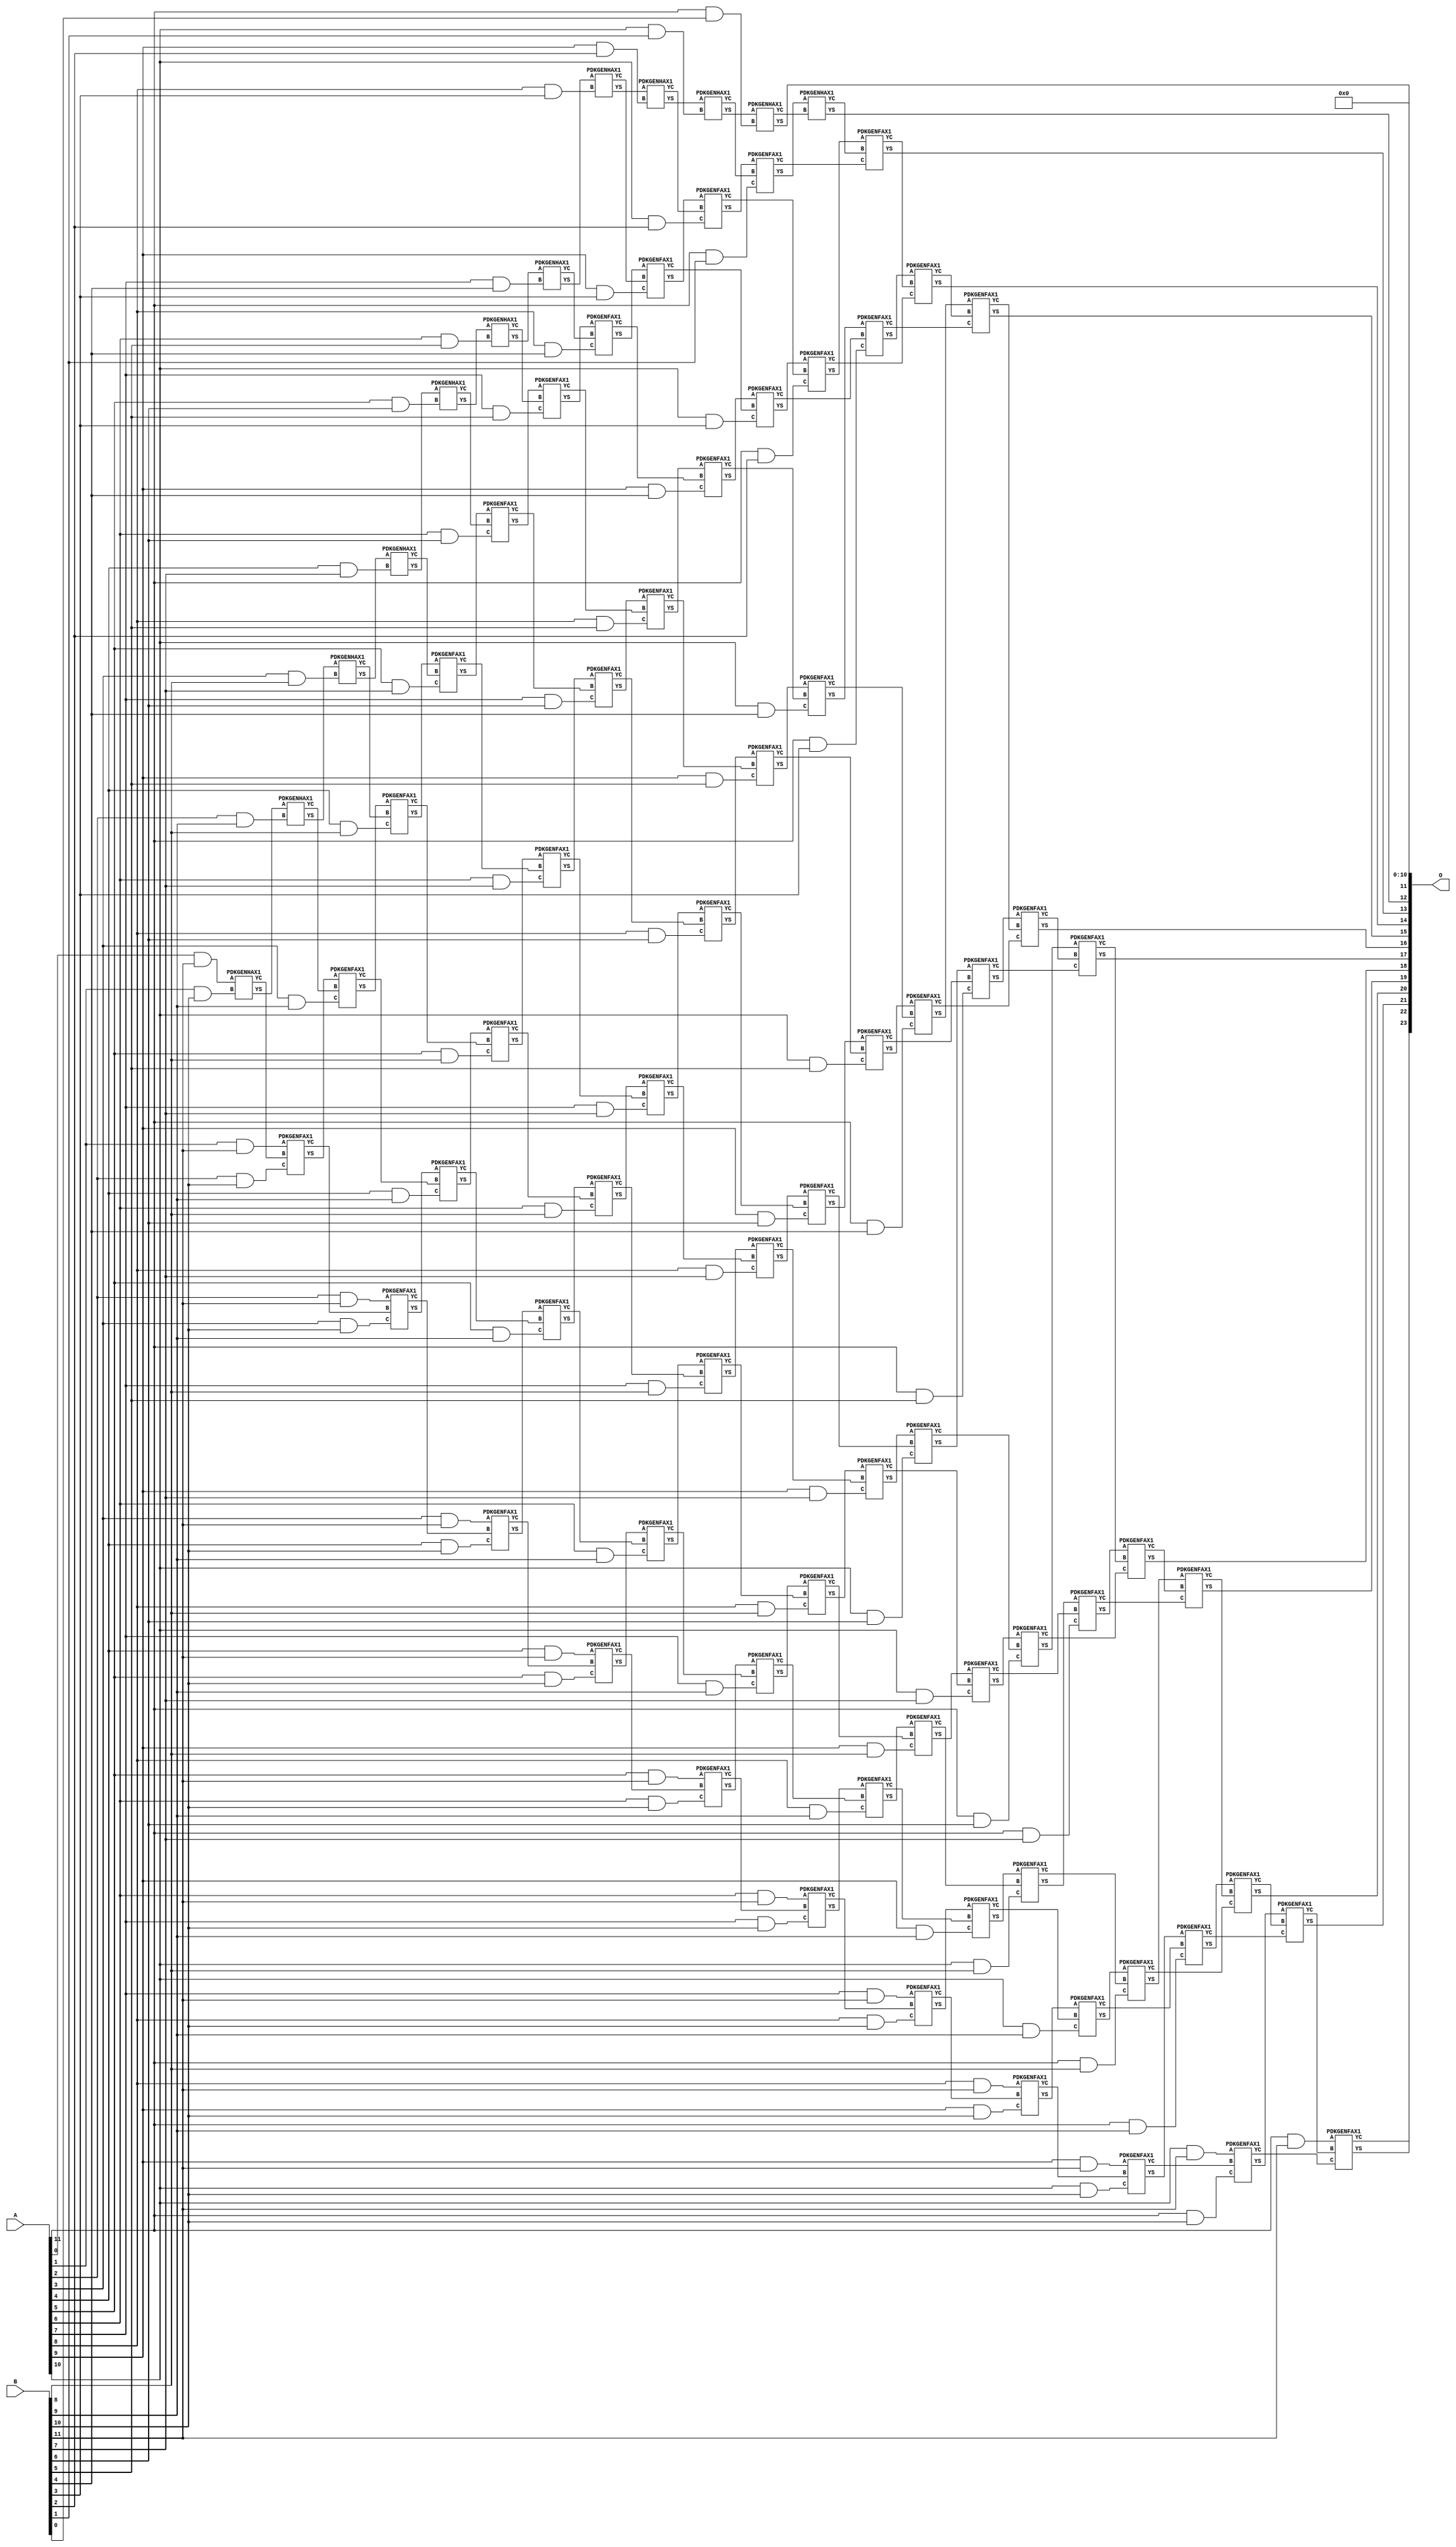
/***
* This code is a part of EvoApproxLib library (ehw.fit.vutbr.cz/approxlib) distributed under The MIT License.
* When used, please cite the following article(s): V. Mrazek, Z. Vasicek, L. Sekanina, H. Jiang and J. Han, "Scalable Construction of Approximate Multipliers With Formally Guaranteed Worst Case Error" in IEEE Transactions on Very Large Scale Integration (VLSI) Systems, vol. 26, no. 11, pp. 2572-2576, Nov. 2018. doi: 10.1109/TVLSI.2018.2856362 
* This file contains a circuit from a sub-set of pareto optimal circuits with respect to the pwr and mre parameters
***/
// MAE% = 0.031 %
// MAE = 5120 
// WCE% = 0.12 %
// WCE = 20481 
// WCRE% = 100.00 %
// EP% = 99.68 %
// MRE% = 0.87 %
// MSE = 32042.894e3 
// PDK45_PWR = 0.670 mW
// PDK45_AREA = 993.5 um2
// PDK45_DELAY = 2.31 ns


module mul12u_2CN ( A, B, O );
  input [11:0] A;
  input [11:0] B;
  output [23:0] O;

  wire C_10_1,C_10_10,C_10_2,C_10_3,C_10_4,C_10_5,C_10_6,C_10_7,C_10_8,C_10_9,C_11_0,C_11_1,C_11_10,C_11_2,C_11_3,C_11_4,C_11_5,C_11_6,C_11_7,C_11_8,C_11_9,C_12_0,C_12_1,C_12_10,C_12_2,C_12_3,C_12_4,C_12_5,C_12_6,C_12_7,C_12_8,C_12_9,C_1_10,C_2_10,C_2_9,C_3_10,C_3_8,C_3_9,C_4_10,C_4_7,C_4_8,C_4_9,C_5_10,C_5_6,C_5_7,C_5_8,C_5_9,C_6_10,C_6_5,C_6_6,C_6_7,C_6_8,C_6_9,C_7_10,C_7_4,C_7_5,C_7_6,C_7_7,C_7_8,C_7_9,C_8_10,C_8_3,C_8_4,C_8_5,C_8_6,C_8_7,C_8_8,C_8_9,C_9_10,C_9_2,C_9_3,C_9_4,C_9_5,C_9_6,C_9_7,C_9_8,C_9_9,S_0_11,S_10_1,S_10_10,S_10_11,S_10_2,S_10_3,S_10_4,S_10_5,S_10_6,S_10_7,S_10_8,S_10_9,S_11_0,S_11_1,S_11_10,S_11_11,S_11_2,S_11_3,S_11_4,S_11_5,S_11_6,S_11_7,S_11_8,S_11_9,S_12_0,S_12_1,S_12_10,S_12_11,S_12_2,S_12_3,S_12_4,S_12_5,S_12_6,S_12_7,S_12_8,S_12_9,S_1_10,S_1_11,S_2_10,S_2_11,S_2_9,S_3_10,S_3_11,S_3_8,S_3_9,S_4_10,S_4_11,S_4_7,S_4_8,S_4_9,S_5_10,S_5_11,S_5_6,S_5_7,S_5_8,S_5_9,S_6_10,S_6_11,S_6_5,S_6_6,S_6_7,S_6_8,S_6_9,S_7_10,S_7_11,S_7_4,S_7_5,S_7_6,S_7_7,S_7_8,S_7_9,S_8_10,S_8_11,S_8_3,S_8_4,S_8_5,S_8_6,S_8_7,S_8_8,S_8_9,S_9_10,S_9_11,S_9_2,S_9_3,S_9_4,S_9_5,S_9_6,S_9_7,S_9_8,S_9_9;

  assign S_0_11 = (A[0] & B[11]);
  PDKGENHAX1 U15551 (.A(S_0_11), .B((A[1] & B[10])), .YS(S_1_10), .YC(C_1_10));
  assign S_1_11 = (A[1] & B[11]);
  PDKGENHAX1 U15562 (.A(S_1_10), .B((A[2] & B[9])), .YS(S_2_9), .YC(C_2_9));
  PDKGENFAX1 U15563 (.A(S_1_11), .B(C_1_10), .C((A[2] & B[10])), .YS(S_2_10), .YC(C_2_10));
  assign S_2_11 = (A[2] & B[11]);
  PDKGENHAX1 U15573 (.A(S_2_9), .B((A[3] & B[8])), .YS(S_3_8), .YC(C_3_8));
  PDKGENFAX1 U15574 (.A(S_2_10), .B(C_2_9), .C((A[3] & B[9])), .YS(S_3_9), .YC(C_3_9));
  PDKGENFAX1 U15575 (.A(S_2_11), .B(C_2_10), .C((A[3] & B[10])), .YS(S_3_10), .YC(C_3_10));
  assign S_3_11 = (A[3] & B[11]);
  PDKGENHAX1 U15584 (.A(S_3_8), .B((A[4] & B[7])), .YS(S_4_7), .YC(C_4_7));
  PDKGENFAX1 U15585 (.A(S_3_9), .B(C_3_8), .C((A[4] & B[8])), .YS(S_4_8), .YC(C_4_8));
  PDKGENFAX1 U15586 (.A(S_3_10), .B(C_3_9), .C((A[4] & B[9])), .YS(S_4_9), .YC(C_4_9));
  PDKGENFAX1 U15587 (.A(S_3_11), .B(C_3_10), .C((A[4] & B[10])), .YS(S_4_10), .YC(C_4_10));
  assign S_4_11 = (A[4] & B[11]);
  PDKGENHAX1 U15595 (.A(S_4_7), .B((A[5] & B[6])), .YS(S_5_6), .YC(C_5_6));
  PDKGENFAX1 U15596 (.A(S_4_8), .B(C_4_7), .C((A[5] & B[7])), .YS(S_5_7), .YC(C_5_7));
  PDKGENFAX1 U15597 (.A(S_4_9), .B(C_4_8), .C((A[5] & B[8])), .YS(S_5_8), .YC(C_5_8));
  PDKGENFAX1 U15598 (.A(S_4_10), .B(C_4_9), .C((A[5] & B[9])), .YS(S_5_9), .YC(C_5_9));
  PDKGENFAX1 U15599 (.A(S_4_11), .B(C_4_10), .C((A[5] & B[10])), .YS(S_5_10), .YC(C_5_10));
  assign S_5_11 = (A[5] & B[11]);
  PDKGENHAX1 U15606 (.A(S_5_6), .B((A[6] & B[5])), .YS(S_6_5), .YC(C_6_5));
  PDKGENFAX1 U15607 (.A(S_5_7), .B(C_5_6), .C((A[6] & B[6])), .YS(S_6_6), .YC(C_6_6));
  PDKGENFAX1 U15608 (.A(S_5_8), .B(C_5_7), .C((A[6] & B[7])), .YS(S_6_7), .YC(C_6_7));
  PDKGENFAX1 U15609 (.A(S_5_9), .B(C_5_8), .C((A[6] & B[8])), .YS(S_6_8), .YC(C_6_8));
  PDKGENFAX1 U15610 (.A(S_5_10), .B(C_5_9), .C((A[6] & B[9])), .YS(S_6_9), .YC(C_6_9));
  PDKGENFAX1 U15611 (.A(S_5_11), .B(C_5_10), .C((A[6] & B[10])), .YS(S_6_10), .YC(C_6_10));
  assign S_6_11 = (A[6] & B[11]);
  PDKGENHAX1 U15617 (.A(S_6_5), .B((A[7] & B[4])), .YS(S_7_4), .YC(C_7_4));
  PDKGENFAX1 U15618 (.A(S_6_6), .B(C_6_5), .C((A[7] & B[5])), .YS(S_7_5), .YC(C_7_5));
  PDKGENFAX1 U15619 (.A(S_6_7), .B(C_6_6), .C((A[7] & B[6])), .YS(S_7_6), .YC(C_7_6));
  PDKGENFAX1 U15620 (.A(S_6_8), .B(C_6_7), .C((A[7] & B[7])), .YS(S_7_7), .YC(C_7_7));
  PDKGENFAX1 U15621 (.A(S_6_9), .B(C_6_8), .C((A[7] & B[8])), .YS(S_7_8), .YC(C_7_8));
  PDKGENFAX1 U15622 (.A(S_6_10), .B(C_6_9), .C((A[7] & B[9])), .YS(S_7_9), .YC(C_7_9));
  PDKGENFAX1 U15623 (.A(S_6_11), .B(C_6_10), .C((A[7] & B[10])), .YS(S_7_10), .YC(C_7_10));
  assign S_7_11 = (A[7] & B[11]);
  PDKGENHAX1 U15628 (.A(S_7_4), .B((A[8] & B[3])), .YS(S_8_3), .YC(C_8_3));
  PDKGENFAX1 U15629 (.A(S_7_5), .B(C_7_4), .C((A[8] & B[4])), .YS(S_8_4), .YC(C_8_4));
  PDKGENFAX1 U15630 (.A(S_7_6), .B(C_7_5), .C((A[8] & B[5])), .YS(S_8_5), .YC(C_8_5));
  PDKGENFAX1 U15631 (.A(S_7_7), .B(C_7_6), .C((A[8] & B[6])), .YS(S_8_6), .YC(C_8_6));
  PDKGENFAX1 U15632 (.A(S_7_8), .B(C_7_7), .C((A[8] & B[7])), .YS(S_8_7), .YC(C_8_7));
  PDKGENFAX1 U15633 (.A(S_7_9), .B(C_7_8), .C((A[8] & B[8])), .YS(S_8_8), .YC(C_8_8));
  PDKGENFAX1 U15634 (.A(S_7_10), .B(C_7_9), .C((A[8] & B[9])), .YS(S_8_9), .YC(C_8_9));
  PDKGENFAX1 U15635 (.A(S_7_11), .B(C_7_10), .C((A[8] & B[10])), .YS(S_8_10), .YC(C_8_10));
  assign S_8_11 = (A[8] & B[11]);
  PDKGENHAX1 U15639 (.A(S_8_3), .B((A[9] & B[2])), .YS(S_9_2), .YC(C_9_2));
  PDKGENFAX1 U15640 (.A(S_8_4), .B(C_8_3), .C((A[9] & B[3])), .YS(S_9_3), .YC(C_9_3));
  PDKGENFAX1 U15641 (.A(S_8_5), .B(C_8_4), .C((A[9] & B[4])), .YS(S_9_4), .YC(C_9_4));
  PDKGENFAX1 U15642 (.A(S_8_6), .B(C_8_5), .C((A[9] & B[5])), .YS(S_9_5), .YC(C_9_5));
  PDKGENFAX1 U15643 (.A(S_8_7), .B(C_8_6), .C((A[9] & B[6])), .YS(S_9_6), .YC(C_9_6));
  PDKGENFAX1 U15644 (.A(S_8_8), .B(C_8_7), .C((A[9] & B[7])), .YS(S_9_7), .YC(C_9_7));
  PDKGENFAX1 U15645 (.A(S_8_9), .B(C_8_8), .C((A[9] & B[8])), .YS(S_9_8), .YC(C_9_8));
  PDKGENFAX1 U15646 (.A(S_8_10), .B(C_8_9), .C((A[9] & B[9])), .YS(S_9_9), .YC(C_9_9));
  PDKGENFAX1 U15647 (.A(S_8_11), .B(C_8_10), .C((A[9] & B[10])), .YS(S_9_10), .YC(C_9_10));
  assign S_9_11 = (A[9] & B[11]);
  PDKGENHAX1 U15650 (.A(S_9_2), .B((A[10] & B[1])), .YS(S_10_1), .YC(C_10_1));
  PDKGENFAX1 U15651 (.A(S_9_3), .B(C_9_2), .C((A[10] & B[2])), .YS(S_10_2), .YC(C_10_2));
  PDKGENFAX1 U15652 (.A(S_9_4), .B(C_9_3), .C((A[10] & B[3])), .YS(S_10_3), .YC(C_10_3));
  PDKGENFAX1 U15653 (.A(S_9_5), .B(C_9_4), .C((A[10] & B[4])), .YS(S_10_4), .YC(C_10_4));
  PDKGENFAX1 U15654 (.A(S_9_6), .B(C_9_5), .C((A[10] & B[5])), .YS(S_10_5), .YC(C_10_5));
  PDKGENFAX1 U15655 (.A(S_9_7), .B(C_9_6), .C((A[10] & B[6])), .YS(S_10_6), .YC(C_10_6));
  PDKGENFAX1 U15656 (.A(S_9_8), .B(C_9_7), .C((A[10] & B[7])), .YS(S_10_7), .YC(C_10_7));
  PDKGENFAX1 U15657 (.A(S_9_9), .B(C_9_8), .C((A[10] & B[8])), .YS(S_10_8), .YC(C_10_8));
  PDKGENFAX1 U15658 (.A(S_9_10), .B(C_9_9), .C((A[10] & B[9])), .YS(S_10_9), .YC(C_10_9));
  PDKGENFAX1 U15659 (.A(S_9_11), .B(C_9_10), .C((A[10] & B[10])), .YS(S_10_10), .YC(C_10_10));
  assign S_10_11 = (A[10] & B[11]);
  PDKGENHAX1 U15661 (.A(S_10_1), .B((A[11] & B[0])), .YS(S_11_0), .YC(C_11_0));
  PDKGENFAX1 U15662 (.A(S_10_2), .B(C_10_1), .C((A[11] & B[1])), .YS(S_11_1), .YC(C_11_1));
  PDKGENFAX1 U15663 (.A(S_10_3), .B(C_10_2), .C((A[11] & B[2])), .YS(S_11_2), .YC(C_11_2));
  PDKGENFAX1 U15664 (.A(S_10_4), .B(C_10_3), .C((A[11] & B[3])), .YS(S_11_3), .YC(C_11_3));
  PDKGENFAX1 U15665 (.A(S_10_5), .B(C_10_4), .C((A[11] & B[4])), .YS(S_11_4), .YC(C_11_4));
  PDKGENFAX1 U15666 (.A(S_10_6), .B(C_10_5), .C((A[11] & B[5])), .YS(S_11_5), .YC(C_11_5));
  PDKGENFAX1 U15667 (.A(S_10_7), .B(C_10_6), .C((A[11] & B[6])), .YS(S_11_6), .YC(C_11_6));
  PDKGENFAX1 U15668 (.A(S_10_8), .B(C_10_7), .C((A[11] & B[7])), .YS(S_11_7), .YC(C_11_7));
  PDKGENFAX1 U15669 (.A(S_10_9), .B(C_10_8), .C((A[11] & B[8])), .YS(S_11_8), .YC(C_11_8));
  PDKGENFAX1 U15670 (.A(S_10_10), .B(C_10_9), .C((A[11] & B[9])), .YS(S_11_9), .YC(C_11_9));
  PDKGENFAX1 U15671 (.A(S_10_11), .B(C_10_10), .C((A[11] & B[10])), .YS(S_11_10), .YC(C_11_10));
  assign S_11_11 = (A[11] & B[11]);
  PDKGENHAX1 U15673 (.A(S_11_1), .B(C_11_0), .YS(S_12_0), .YC(C_12_0));
  PDKGENFAX1 U15674 (.A(S_11_2), .B(C_12_0), .C(C_11_1), .YS(S_12_1), .YC(C_12_1));
  PDKGENFAX1 U15675 (.A(S_11_3), .B(C_12_1), .C(C_11_2), .YS(S_12_2), .YC(C_12_2));
  PDKGENFAX1 U15676 (.A(S_11_4), .B(C_12_2), .C(C_11_3), .YS(S_12_3), .YC(C_12_3));
  PDKGENFAX1 U15677 (.A(S_11_5), .B(C_12_3), .C(C_11_4), .YS(S_12_4), .YC(C_12_4));
  PDKGENFAX1 U15678 (.A(S_11_6), .B(C_12_4), .C(C_11_5), .YS(S_12_5), .YC(C_12_5));
  PDKGENFAX1 U15679 (.A(S_11_7), .B(C_12_5), .C(C_11_6), .YS(S_12_6), .YC(C_12_6));
  PDKGENFAX1 U15680 (.A(S_11_8), .B(C_12_6), .C(C_11_7), .YS(S_12_7), .YC(C_12_7));
  PDKGENFAX1 U15681 (.A(S_11_9), .B(C_12_7), .C(C_11_8), .YS(S_12_8), .YC(C_12_8));
  PDKGENFAX1 U15682 (.A(S_11_10), .B(C_12_8), .C(C_11_9), .YS(S_12_9), .YC(C_12_9));
  PDKGENFAX1 U15683 (.A(S_11_11), .B(C_12_9), .C(C_11_10), .YS(S_12_10), .YC(C_12_10));
  assign S_12_11 = C_12_10;
  assign O = {S_12_11,S_12_10,S_12_9,S_12_8,S_12_7,S_12_6,S_12_5,S_12_4,S_12_3,S_12_2,S_12_1,S_12_0,S_11_0,1'b0,1'b0,1'b0,1'b0,1'b0,1'b0,1'b0,1'b0,1'b0,1'b0,1'b0};

endmodule

/* mod */
module PDKGENHAX1( input A, input B, output YS, output YC );
    assign YS = A ^ B;
    assign YC = A & B;
endmodule
/* mod */
module PDKGENFAX1( input A, input B, input C, output YS, output YC );
    assign YS = (A ^ B) ^ C;
    assign YC = (A & B) | (B & C) | (A & C);
endmodule